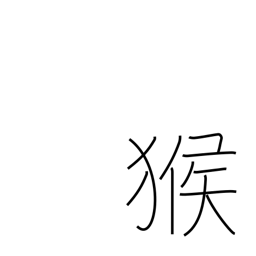
Meaning: monkey